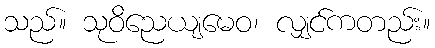
သည်။ သုဝိညေယျမေဝ၊ လျှင်ကတည်း။